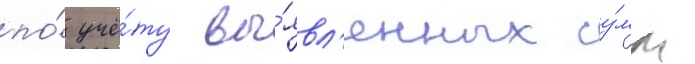
по́ учё́ту вы́явл'енных су́мм